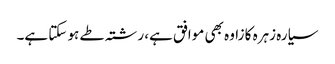
سیارہ زہرہ کا زاوہ بھی موافق ہے، رشتہ طے ہو سکتا ہے۔